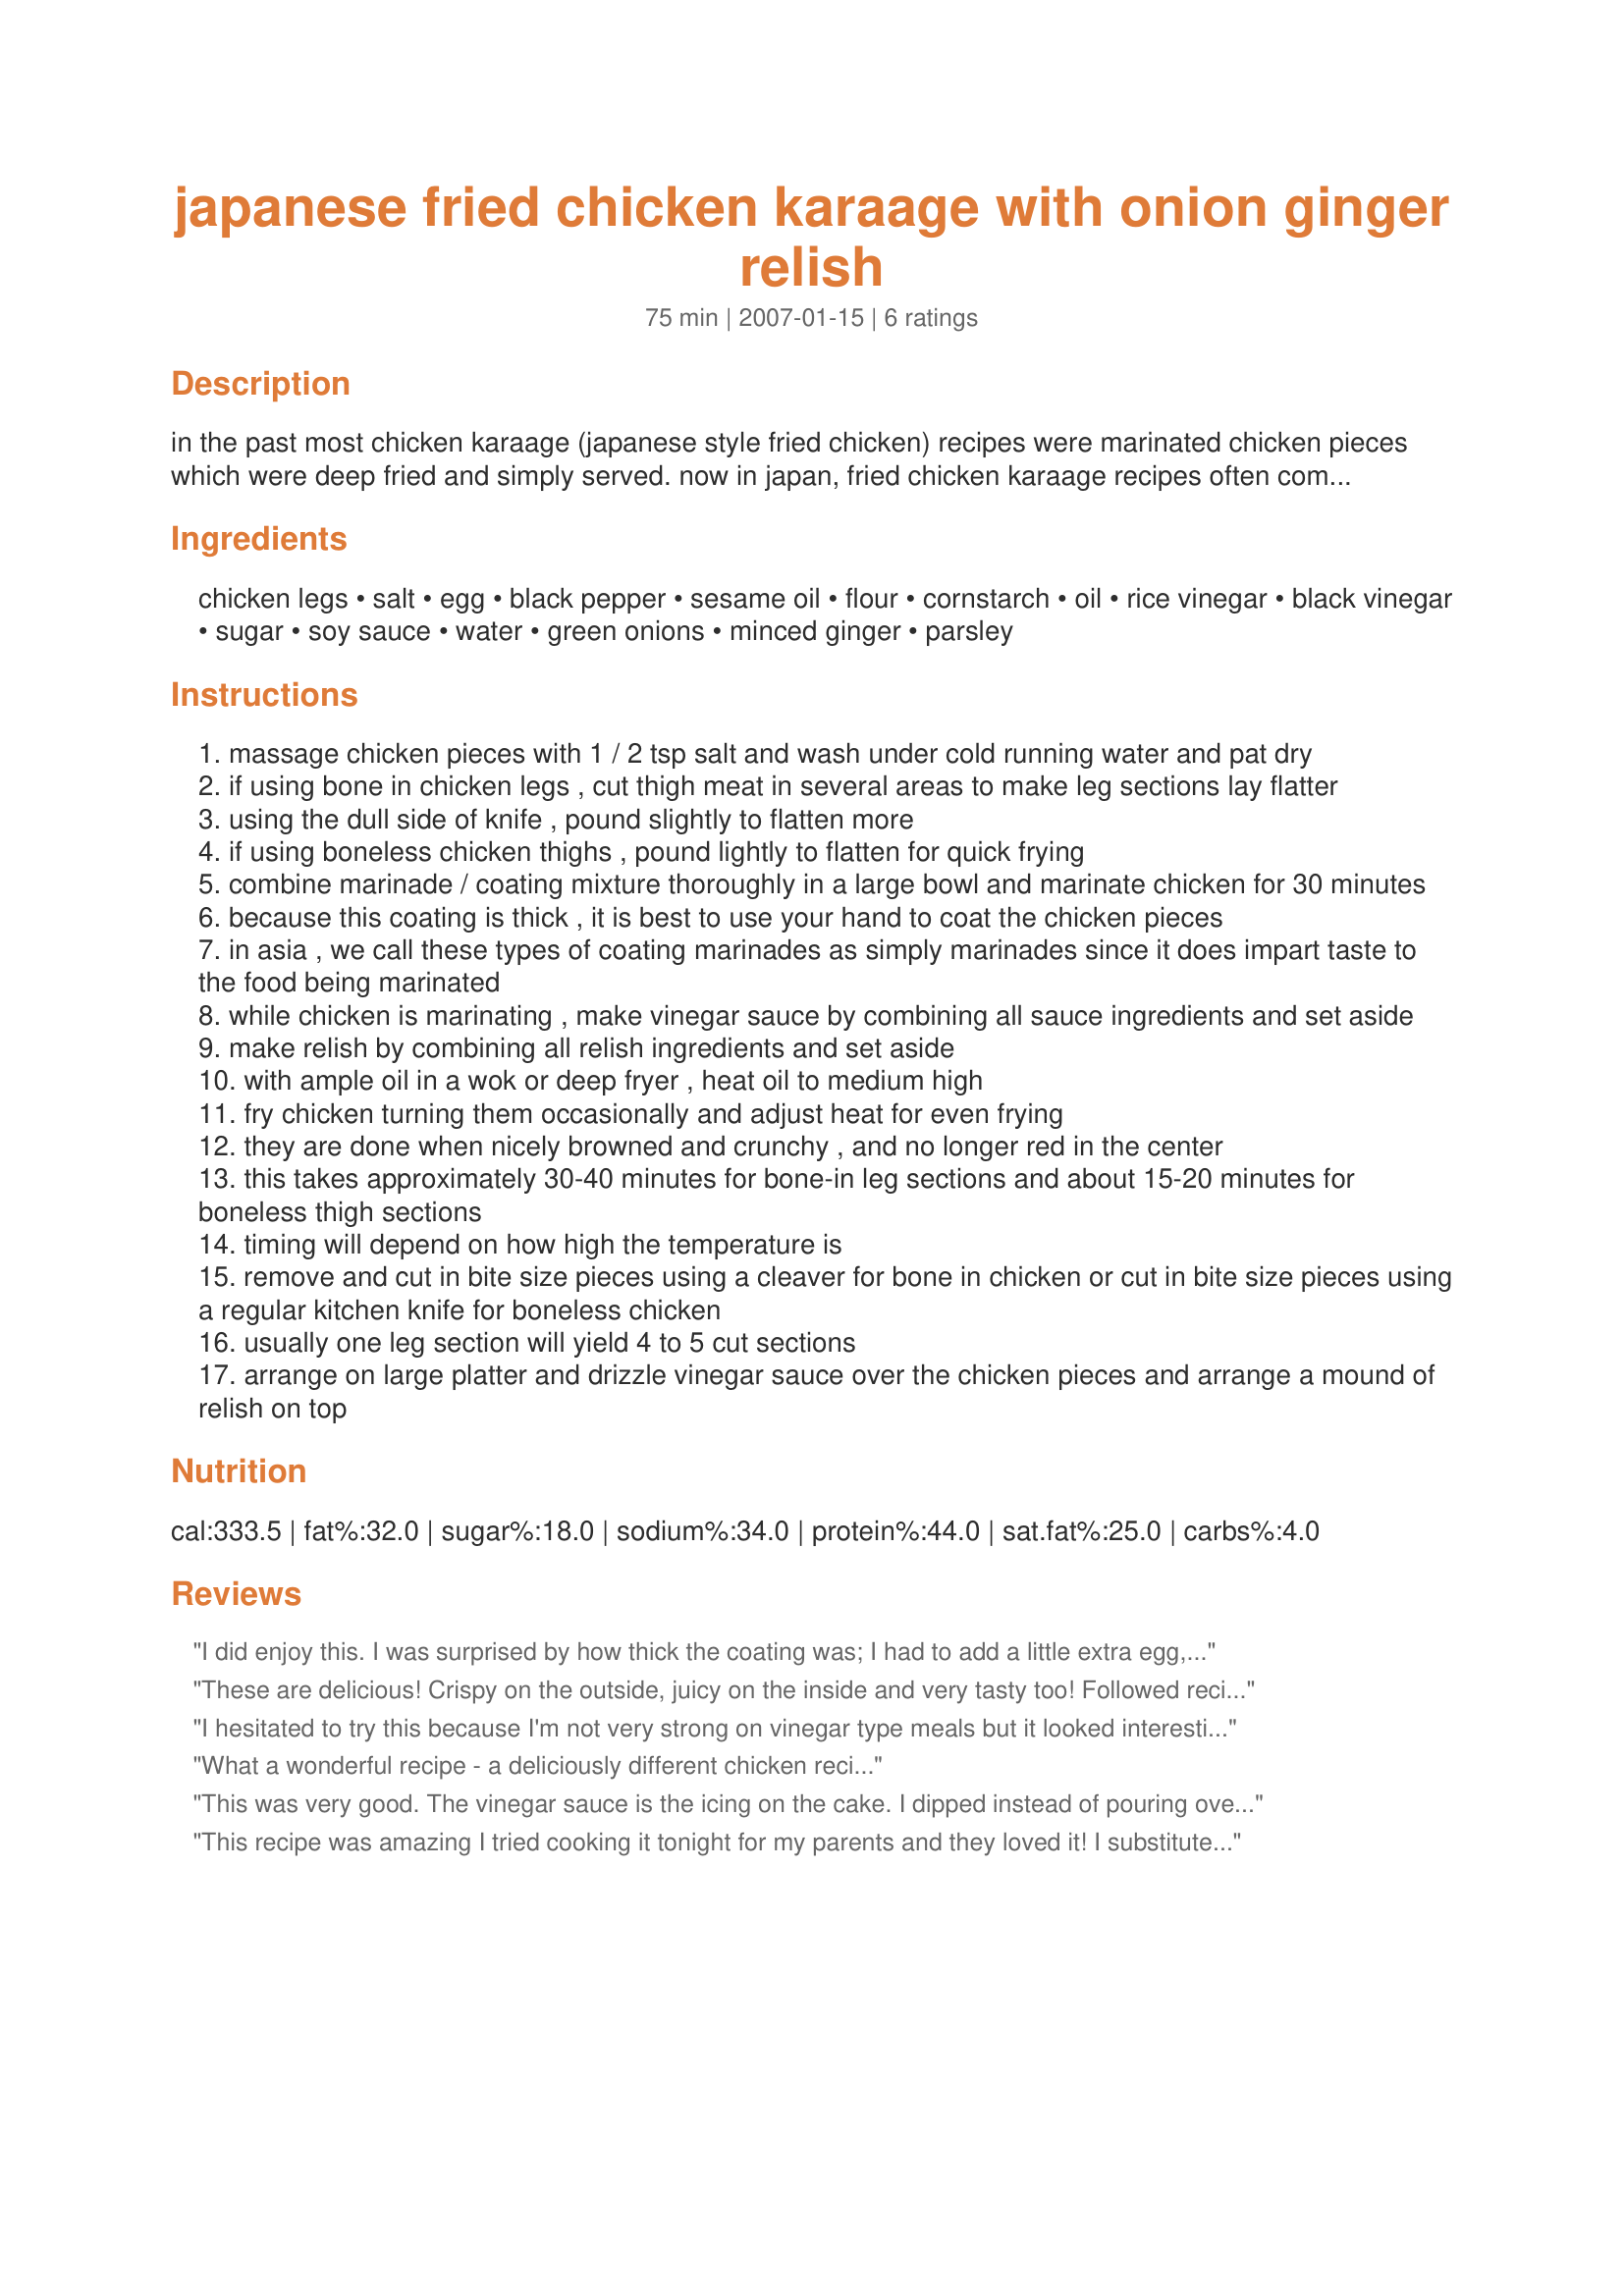
japanese fried chicken karaage with onion ginger relish
Preparation time: 75 minutes

in the past most chicken karaage (japanese style fried chicken) recipes were marinated chicken pieces which were deep fried and simply served. now in japan, fried chicken karaage recipes often come with different sauces or relishes. one of my favorite is onion sauce, but this one is equally good.

if difficult to get leg sections, boneless thighs work very well too. make several small cuts (not skin side) to flatten the thighs so they lay flatter.

Ingredients:
chicken legs, salt, egg, black pepper, sesame oil, flour, cornstarch, oil, rice vinegar, black vinegar, sugar, soy sauce, water, green onions, minced ginger, parsley

Steps:
massage chicken pieces with 1 / 2 tsp salt and wash under cold running water and pat dry
if using bone in chicken legs , cut thigh meat in several areas to make leg sections lay flatter
using the dull side of knife , pound slightly to flatten more
if using boneless chicken thighs , pound lightly to flatten for quick frying
combine marinade / coating mixture thoroughly in a large bowl and marinate chicken for 30 minutes
because this coating is thick , it is best to use your hand to coat the chicken pieces
in asia , we call these types of coating marinades as simply marinades since it does impart taste to the food being marinated
while chicken is marinating , make vinegar sauce by combining all sauce ingredients and set aside
make relish by combining all relish ingredients and set aside
with ample oil in a wok or deep fryer , heat oil to medium high
fry chicken turning them occasionally and adjust heat for even frying
they are done when nicely browned and crunchy , and no longer red in the center
this takes approximately 30-40 minutes for bone-in leg sections and about 15-20 minutes for boneless thigh sections
timing will depend on how high the temperature is
remove and cut in bite size pieces using a cleaver for bone in chicken or cut in bite size pieces using a regular kitchen knife for boneless chicken
usually one leg section will yield 4 to 5 cut sections
arrange on large platter and drizzle vinegar sauce over the chicken pieces and arrange a mound of relish on top

Reviews:
I did enjoy this. I was surprised by how thick the coating was; I had to add a little extra egg, but it did stick to the chicken well. The relish was nice and the sauce was an excellent compliment. I was a little disappointed in the chicken, it didn't seem as tasty as I would have liked. I kept thinking that something added to the coating would have helped.
These are delicious! Crispy on the outside, juicy on the inside and very tasty too! Followed recipe as is, pouring the sauce over the karaages.DH at first didn't want to eat it coz it's fried but when he tasted it, he changed his mind. That's how good this is. Thanks for posting this, Rinshimori.
I hesitated to try this because I'm not very strong on vinegar type meals but it looked interesting so here I am :D I followed the instructions exactly except that I used chicken thighs and I didn't cut them down to size. Vicki in CT was right, the sauce is the icing on the cake; it didn't hurt that I love cilantro, green onions, and ginger. This meal was so tasty (and easy to make) that I made a plate to give to one of my neighbors who lives alone! MAHALO!
My neighbor stopped by. He couldn't stop raving about the chicken! He said it was the BEST chicken he had EVER tasted!
What a wonderful recipe - a deliciously different chicken recipe to add to our family cookbook! The ingredients came together making for flavorful crisp and tender chicken - the sauce and the relish just as good as I thought it would be. One of those recipes to have on hand when having special guests. Made as posted - excellent instructions. A great recipenap!
This was very good. The vinegar sauce is the icing on the cake. I dipped instead of pouring over the chicken. I subbed cilantro instead of parsley as a personal preference. The batter was very thick so I added an extra egg. The chicken fried up nice and crisp. May use the sauce just with grilled chicken. This recipe would be great with boneless chicken tenders.
This recipe was amazing I tried cooking it tonight for my parents and they loved it! I substituted the thighs or drumsticks for chicken breast tenders, and it worked great. Thanks for this amazing recipe!
